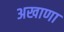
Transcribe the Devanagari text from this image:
अखाणा